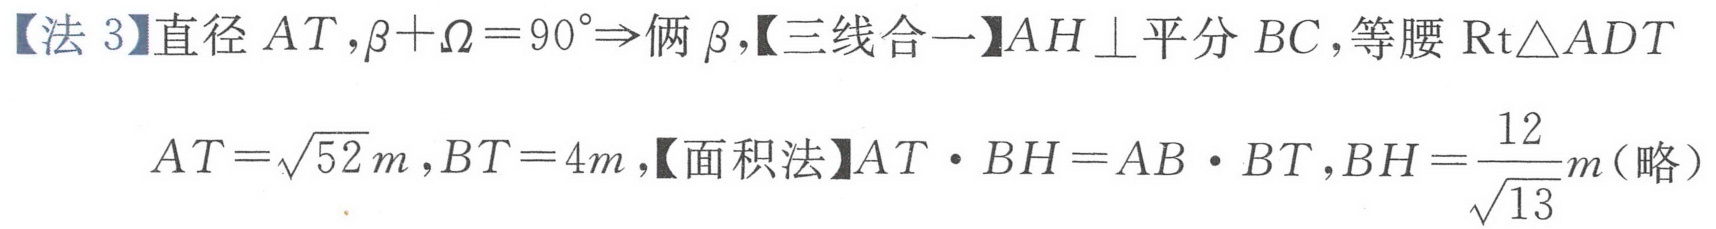
【法 3】直径 \(AT\)，\(\beta+\Omega = 90^{\circ}\Rightarrow\)俩 \(\beta\)，【三线合一】\(AH\perp\)平分 \(BC\)，等腰 \(\text{Rt}\triangle ADT\)
\(AT = \sqrt{52}m\)，\(BT = 4m\)，【面积法】\(AT\cdot BH=AB\cdot BT\)，\(BH=\dfrac{12}{\sqrt{13}}m\)（略）